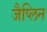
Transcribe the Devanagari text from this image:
जैप्लिन